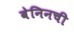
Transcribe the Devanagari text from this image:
बेनिनची